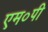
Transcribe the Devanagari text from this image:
एम०पी